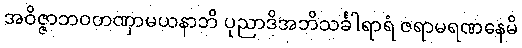
အဝိဇ္ဇာဘဝတဏှာမယနာဘိ ပုညာဒိအဘိသင်္ခါရာရံ ဇရာမရဏနေမိ